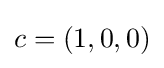
c=(1,0,0)